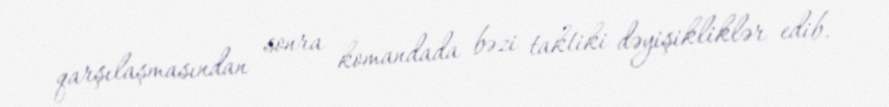
qarşılaşmasından sonra komandada bəzi taktiki dəyişikliklər edib.